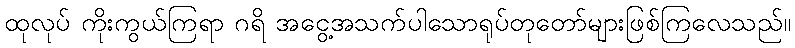
ထုလုပ် ကိုးကွယ်ကြရာ ဂရိ အငွေ့အသက်ပါသောရုပ်တုတော်များဖြစ်ကြလေသည်။